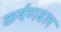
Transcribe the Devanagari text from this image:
कर्षणबल